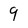
Character: 9